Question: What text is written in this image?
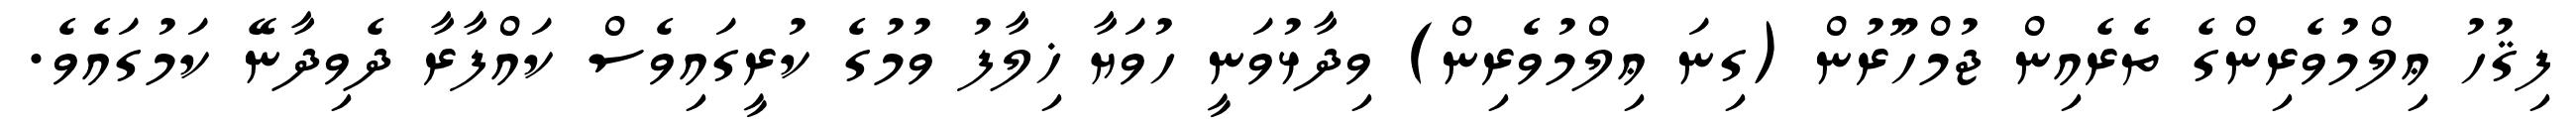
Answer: ފިޤުހު ޢިލްމުވެރިންގެ ތެރެއިން ޖުމްހޫރުން (ގިނަ ޢިލްމުވެރިން) ވިދާޅުވަނީ ހުވަޔާ ޚިލާފު ވުމުގެ ކުރީގައިވެސް ކައްފާރާ ދެވިދާނޭ ކަމުގައެވެ.